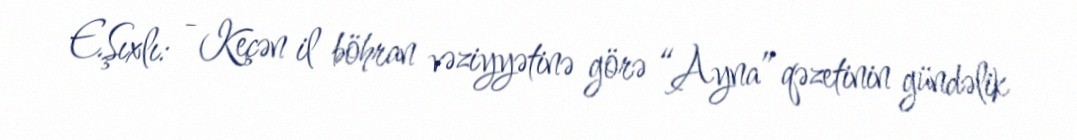
E.Şıxlı: - Keçən il böhran vəziyyətinə görə “Ayna” qəzetinin gündəlik